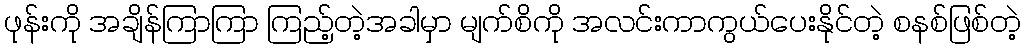
ဖုန်းကို အချိန်ကြာကြာ ကြည့်တဲ့အခါမှာ မျက်စိကို အလင်းကာကွယ်ပေးနိုင်တဲ့ စနစ်ဖြစ်တဲ့